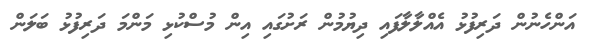
އަންހެނުން ދަރިފުޅު އެއްލާލާފައި ދިޔުމުން ރަށުގައި އިން މުސްކުޅި މަންމަ ދަރިފުޅު ބަލަން